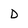
Character: D